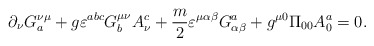
\begin{align*}\partial_\nu G_{a}^{\nu\mu} + g\varepsilon^{abc}G_{b}^{\mu\nu}A_\nu^c+ \frac{m}{2}\varepsilon^{\mu\alpha\beta}G^{a}_{\alpha\beta} + g^{\mu 0}\Pi_{00}A_{0}^{a}= 0.\end{align*}